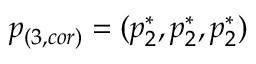
p _ { ( 3 , c o r ) } = ( p _ { 2 } ^ { * } , p _ { 2 } ^ { * } , p _ { 2 } ^ { * } )